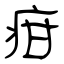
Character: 疳